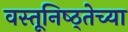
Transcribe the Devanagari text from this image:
वस्तूनिष्ठ्तेच्या